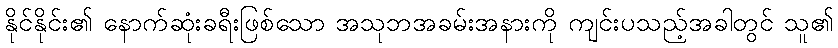
နိုင်နိုင်း၏ နောက်ဆုံးခရီးဖြစ်သော အသုဘအခမ်းအနားကို ကျင်းပသည့်အခါတွင် သူ၏